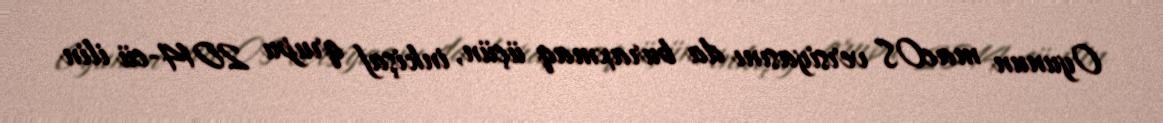
Oyunun macOS versiyasını da buraxmaq üçün, inkişaf qrupu 2014-cü ilin